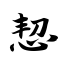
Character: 恝